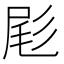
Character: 𫵞